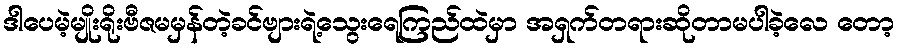
ဒါပေမဲ့မျိုးရိုးဗီဇမမှန်တဲ့ခင်ဗျားရဲ့သွေးရေကြည်ထဲမှာ အရှက်တရားဆိုတာမပါခဲ့လေ တော့